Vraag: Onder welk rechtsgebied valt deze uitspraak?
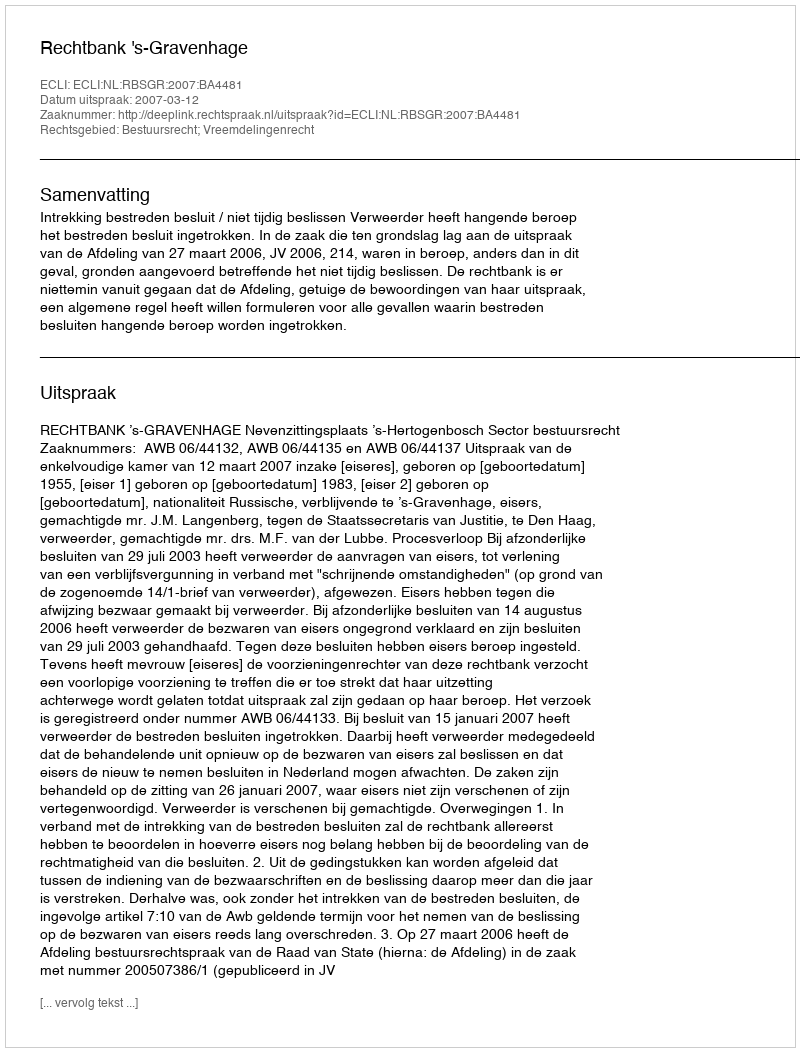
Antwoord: Bestuursrecht; Vreemdelingenrecht